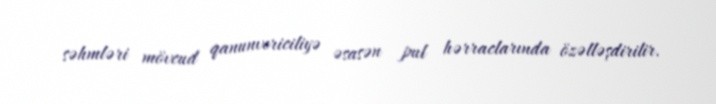
səhmləri mövcud qanunvericiliyə əsasən pul hərraclarında özəlləşdirilir.